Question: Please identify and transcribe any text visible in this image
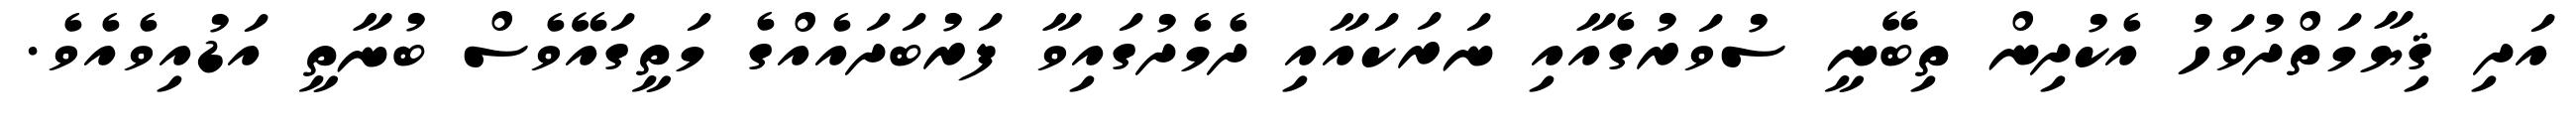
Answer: އަދި ޤިޔާމަތްދުވަހު އެކުދިން ތިބޭނީ ސުވަރުގެއާއި ނަރަކައާއި ދެމެދުގައިވާ ފަރުބަދައެއްގެ މަތީގައޭވެސް ބުނާތީ އަޑުއިވެއެވެ.